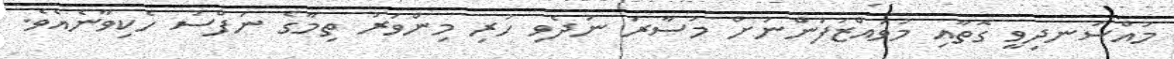
މުއްސަނދިވީ ގޮތާއި މުވައްޒަފުންނަށް މުސާރަ ނުދެވި ހުރި މިންވަރު ތިމާގެ ނަފްސު ހެކިވާނެއެވެ.